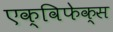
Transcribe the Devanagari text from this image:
एक्विफेक्स